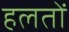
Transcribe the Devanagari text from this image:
हलतों